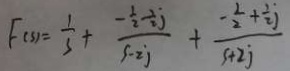
F _ { ( S ) } = \frac { 1 } { 3 } + \frac { - \frac { 1 } { 2 } - \frac { 1 } { 2 } j } { 5 - 2 j } + \frac { - \frac { 1 } { 2 } + \frac { 1 } { 2 } j } { 5 + 2 j }